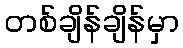
တစ်ချိန်ချိန်မှာ